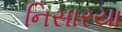
નિસારયા